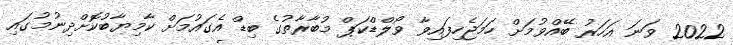
2022 ވަނަ އަހަރު ބޭއްވުމަށް ހަމަޖެހިފައިވާ ވޯލްޑްކަޕް މުބާރާތުގެ ބިޑް އެގައުމަށް ކާމިޔާބުކޮށްދިނުމުގައި